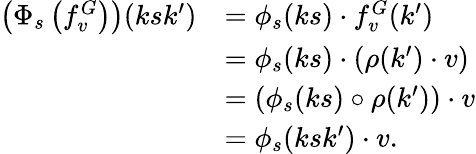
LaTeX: \begin{array}{rl}{\left(\Phi_{s}\left(f_{v}^{G}\right)\right)(ksk^{\prime})}&{=\phi_{s}(ks)\cdot f_{v}^{G}(k^{\prime})}\\ &{=\phi_{s}(ks)\cdot\left(\rho(k^{\prime})\cdot v\right)}\\ &{=\left(\phi_{s}(ks)\circ\rho(k^{\prime})\right)\cdot v}\\ &{=\phi_{s}(ksk^{\prime})\cdot v.}\end{array}